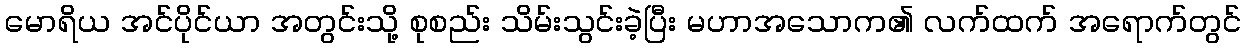
မောရိယ အင်ပိုင်ယာ အတွင်းသို့ စုစည်း သိမ်းသွင်းခဲ့ပြီး မဟာအသောက၏ လက်ထက် အရောက်တွင်